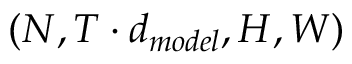
( N , T \cdot d _ { m o d e l } , H , W )